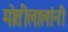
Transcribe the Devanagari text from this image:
मोतीलालांनी